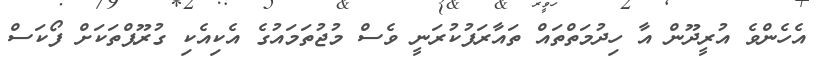
އެހެންވެ އުރީދޫން އާ ހިދުމަތްތައް ތައާރަފުކުރަނީ ވެސް މުޖުތަމައުގެ އެކިއެކި ގުރޫޕްތަކަށް ފޯކަސް